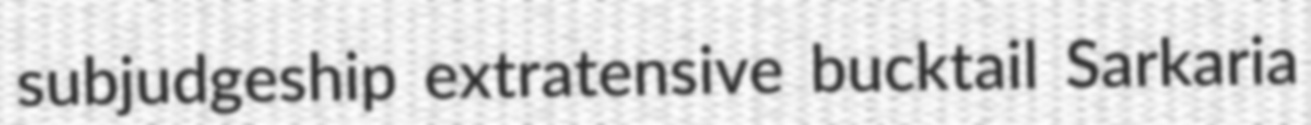
subjudgeship extratensive bucktail Sarkaria